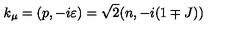
k _ { \mu } = ( p , - i \varepsilon ) = \sqrt { 2 } ( n , - i ( 1 \mp J ) )